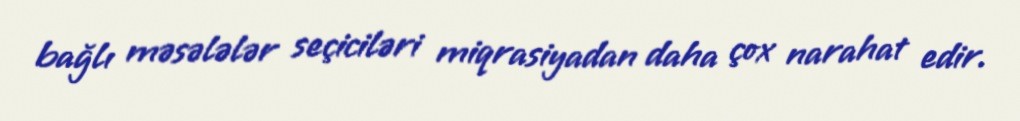
bağlı məsələlər seçiciləri miqrasiyadan daha çox narahat edir.